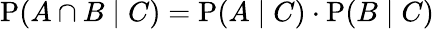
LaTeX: \mathrm{P}(A\cap B\mid C)=\mathrm{P}(A\mid C)\cdot\mathrm{P}(B\mid C)